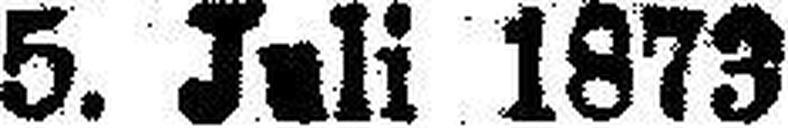
5. Juli 1873